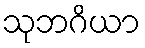
သုဘဂိယာ